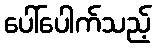
ပေါ်ပေါက်သည့်